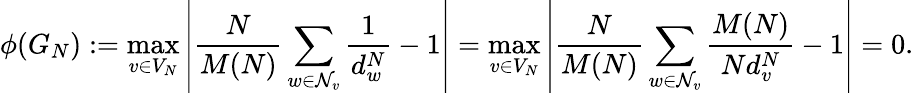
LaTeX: \phi(G_{N}):=\operatorname*{max}_{v\in V_{N}}\left\lvert\frac{N}{M(N)}\sum_{w\in\mathcal{N}_{v}}\frac{1}{d_{w}^{N}}-1\right\rvert=\operatorname*{max}_{v\in V_{N}}\left\lvert\frac{N}{M(N)}\sum_{w\in\mathcal{N}_{v}}\frac{M(N)}{Nd_{v}^{N}}-1\right\rvert=0.